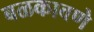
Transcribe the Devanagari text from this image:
बळकावणे